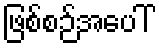
ဖြစ်စဉ်အပေါ်